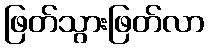
ဖြတ်သွားဖြတ်လာ